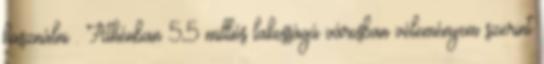
használni . Athénban 5,5 milliós lakosságú városban véleményem szerint